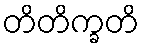
တိတိက္ခတိ